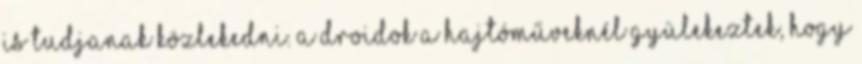
is tudjanak közlekedni. A droidok a hajtóműveknél gyülekeztek, hogy